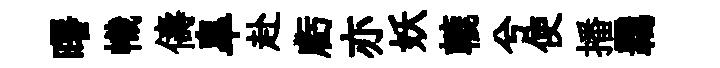
曙幟儔臯赴虧亦妖轆兮使播覊